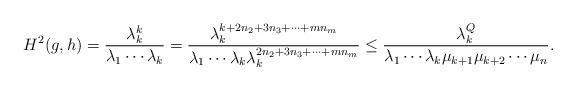
LaTeX: \begin{align*}H^2(g,h)=\frac{\lambda_k^k}{\lambda_1\cdots\lambda_k}=\frac{\lambda_k^{k+2n_2+3n_3+\cdots +mn_m}}{\lambda_1\cdots\lambda_k \lambda_k^{2n_2+3n_3+\cdots + mn_m}} \leq \frac{\lambda_k^Q}{\lambda_1\cdots\lambda_k\mu_{k+1}\mu_{k+2}\cdots\mu_n}.\end{align*}